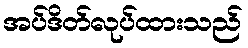
အပ်ဒိတ်လုပ်ထားသည်